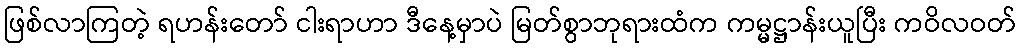
ဖြစ်လာကြတဲ့ ရဟန်းတော် ငါးရာဟာ ဒီနေ့မှာပဲ မြတ်စွာဘုရားထံက ကမ္မဋ္ဌာန်းယူပြီး ကဝိလဝတ်